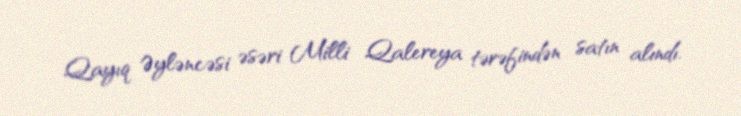
Qayıq Əyləncəsi əsəri Milli Qalereya tərəfindən satın alındı.